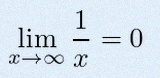
\lim_{x\to\infty}\frac{1}{x}=0